Medical and sanitary report of the native army of Madras for the year
Year: 1878
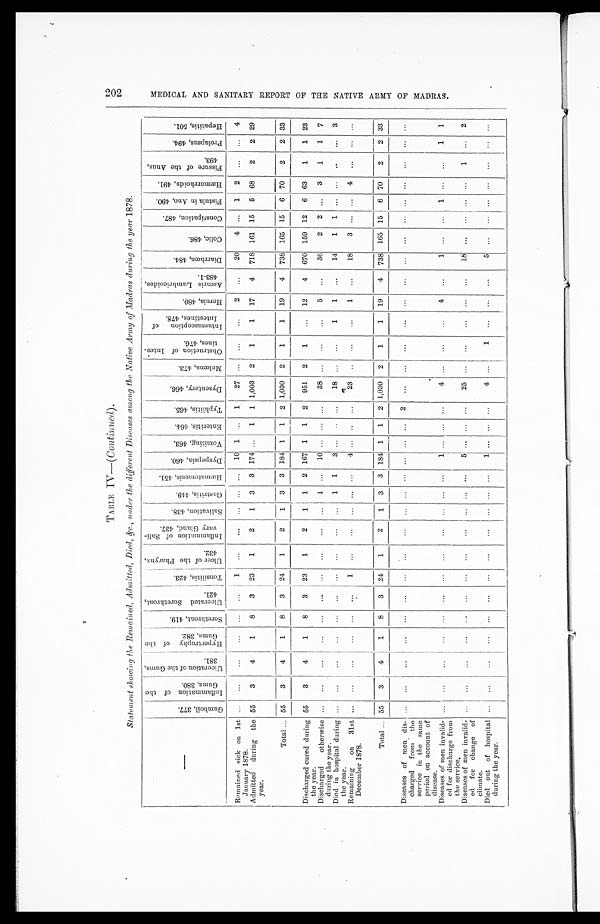
202
TABLE
IV—(Continued).
Statement showing the Remained, Admitted, Died, &c., under the different Diseases among the Native Army of Madras during the year 1878.
—
G u m b o i l , 3 7 7 . I n f l a m m a t i o n o f t h e G u m s , 3 8 0 .
U l c e r a t i o n o f t h e G u m s , 3 8 1 .
H y p e r t r o p h y o f t h e G u m s , 3 8 2 .
S o r e t h r o a t , 4 1 9 .
U l c e r a t e d S o r e t h r o a t , 4 2 1 .
T o n s i l i t i s , 4 2 3 .
U l c e r o f t h e P h a r y n x , 4 3 2 .
I n f l a m a t i o n o f S a l i - v a r y G l a n d , 4 3 7 .
S a l i v a t i o n , 4 3 8 .
G a s t r i t i s , 4 4 9 .
H æ m a t e m e s i s , 4 5 1 .
D y s p e p s i a , 4 6 0 .
V o m i t i n g , 4 6 3 .
E n t e r i t i s , 4 6 4 .
T y p h l i t i s , 4 6 5 .
D y s e n t e r y , 4 6 6 .
M e l œ n a , 4 7 3 .
O b s t r u c t i o n o f I n t e s - t i n e s , 4 7 6 .
I n t u s s u s c e p t i o n o f I n t e s t i n e s , 4 7 8 .
H e r n i a , 4 8 0 .
A s c a r i s , L u m b r i c o i d e s , 4 8 3 - 1 .
D i a r r h œ a 4 8 4 .
C o l i c , 4 8 6 .
C o n s t i p a t i o n , 4 8 7 .
F i s t u l a i n A n o , 4 9 0 .
H æ m o r r h o i d s , 4 9 1 .
F i s s u r e o f t h e A n u s , 4 9 3 .
P r o l a p s u s , 4 9 4 .
H e p a t i t i s , 5 0 1 .
Remained sick on 1st
January 1878.
. . .
. . .
. . .
. . .
. . .
. . .
1
. . .
. . .
. . .
. . .
. . .
10 1 . . . 1
27
. . .
. . .
. . .
2
. . . 20
4
. . .
1
2
. . . . . . 4
3
3 174 . . .
1
1 1,003
2
1
1
17
4
718 161 15
5 68
2
2 29
Admitted during the
year.
55
3
4
1
8
3
23
1
2
1
Total . . . 55
3
4
1
8
3
24
1
2
1
3
3 184 1
1
2 1,030
2
1
1
19
4
738 165 15
6 70
2
2 33
Discharged cured during
the year .
55
3
4
1
8
3
23
1
2
1
1
2 167 1
1
2
951
2
1
. . . 12
4
670 159 12
6 63
1
1
23
. . .
. . .
. . .
. . .
. . .
. . .
. . .
. . .
. . .
. . . 1
. . . 10
. . . . . .
. . .
3 8
. . .
. . .
. . .
5
. . .
3 6
2
2
. . .
3
1
1
7
Discharged otherwise
during the year.
. . .
. . .
. . .
. . .
. . . . . .
. . .
. . .
. . .
1
1
3 . . . . . .
. . .
1 8
. . .
. . .
1
1
. . .
14
1
1
. . .
. . .
. . .
. . .
3
. . .
Died in hospital during
the year.
. . . 1
. . .
18
3
. . .
. . .
4
. . . . . .
. . .
. . .
. . .
. . .
. . .
. . .
. . .
1
. . .
. . .
. . .
. . .
. . .
4
. . . . . .
. . .
23
. . .
. . .
Remaining on
31st
December 1878.
Total . . . 55
3
4
1
8
3
24
1
2
1
3
3 184 1
1
2 1,030
2
1
1
19
4
738 165 15
6 70
2
2 33
Diseases of men dis-
charged from the
service in the same
period on account of
disease.
. . .
. . .
. . .
. . .
. . .
. . .
. . .
. . .
. . .
. . .
. . .
. . . . . .
. . . . . .
2
. . .
. . .
. . .
. . .
. . .
. . .
. . .
. . .
. . .
. . .
. . .
. . . . . . . . .
. . .
1
1
. . .
Diseases of men invalid-
ed for discharge from
the service.
. . .
. . .
. . .
. . .
. . .
. . .
. . .
. . .
. . .
. . .
. . .
. . . 1
. . .
. . .
. . .
4
. . .
. . .
. . .
4
. . .
1
. . .
. . .
1
. . .
. . .
. . .
. . .
. . .
. . .
. . .
. . .
. . .
. . .
. . .
. . . 5
. . .
. . .
. . .
25
. . .
. . .
. . .
. . .
. . .
18
. . .
. . .
. . .
. . .
1
. . . 2
Diseases of men invalid-
ed for change of
climate.
Died out of hospital
during the year.
. . .
. . .
. . .
. . .
. . .
. . .
. . .
. . .
. . .
. . .
. . .
. . .
1
. . .
. . .
. . .
4
. . .
1
. . .
. . .
. . .
5
. . .
. . .
. . .
. . .
. . .
. . .
. . .
M E D I C A L A N D S A N I T A R Y R E P O R T O F T H E N A T I V E A R M Y O F M A D R A S .